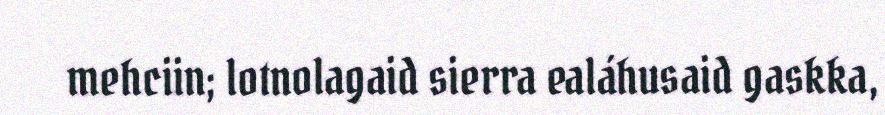
mehciin; lotnolagaid sierra ealáhusaid gaskka,